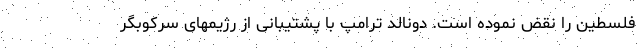
فلسطین را نقض نموده است. دونالد ترامپ با پشتیبانی از رژیمهای سرکوبگر